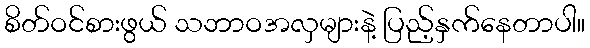
စိတ်ဝင်စားဖွယ် သဘာဝအလှများနဲ့ ပြည့်နှက်နေတာပါ။